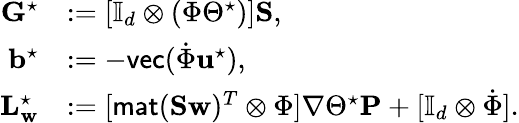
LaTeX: \begin{array}{rl}{\mathbf{G}^{\star}}&{:=[\mathbb{I}_{d}\otimes(\Phi\Theta^{\star})]\mathbf{S},}\\ {\mathbf{b}^{\star}}&{:=-\textsf{vec}(\dot{\Phi}\mathbf{u}^{\star}),}\\ {\mathbf{L}_{\mathbf{w}}^{\star}}&{:=[\textsf{mat}(\mathbf{S}\mathbf{w})^{T}\otimes\Phi]\nabla\Theta^{\star}\mathbf{P}+[\mathbb{I}_{d}\otimes\dot{\Phi}].}\end{array}